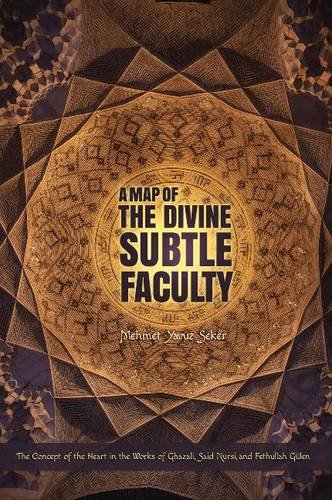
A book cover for A Map of the Divine Subtle Faculty: The Concept of the Heart in the Works of Ghazali, Said Nursi, and Fethullah Gulen; Mehmet Yavuz Seker; Religion & Spirituality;